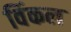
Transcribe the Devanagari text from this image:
विंकल